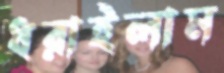
ধরাইলাম